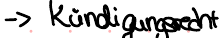
-> Kündigungsrecht